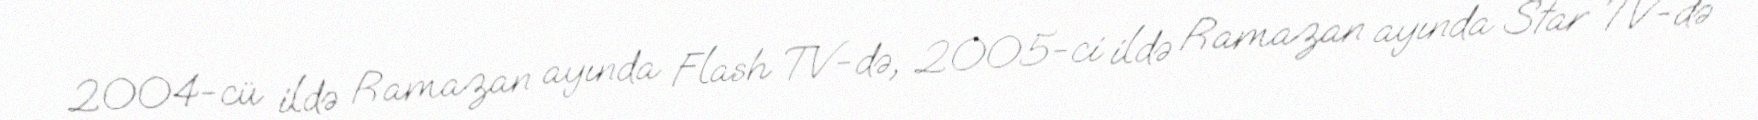
2004-cü ildə Ramazan ayında Flash TV-də, 2005-ci ildə Ramazan ayında Star TV-də